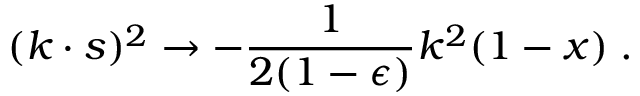
( k \cdot s ) ^ { 2 } \rightarrow - \frac { 1 } { 2 ( 1 - \epsilon ) } k ^ { 2 } ( 1 - x ) \; .